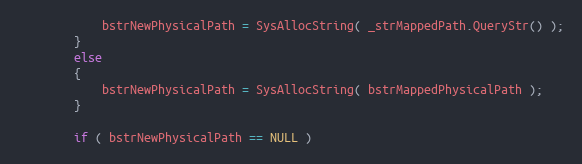
Language: C++
            bstrNewPhysicalPath = SysAllocString( _strMappedPath.QueryStr() );
        }
        else
        {
            bstrNewPhysicalPath = SysAllocString( bstrMappedPhysicalPath );
        }

        if ( bstrNewPhysicalPath == NULL )